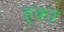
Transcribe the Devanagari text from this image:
हुकों